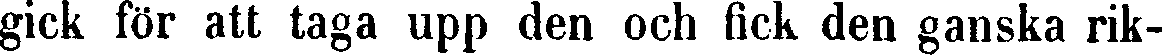
gick för att taga upp den och fick den ganska rik-